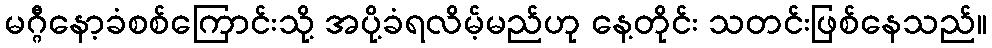
မဂ္ဂီနော့ခံစစ်ကြောင်းသို့ အပို့ခံရလိမ့်မည်ဟု နေ့တိုင်း သတင်းဖြစ်နေသည်။